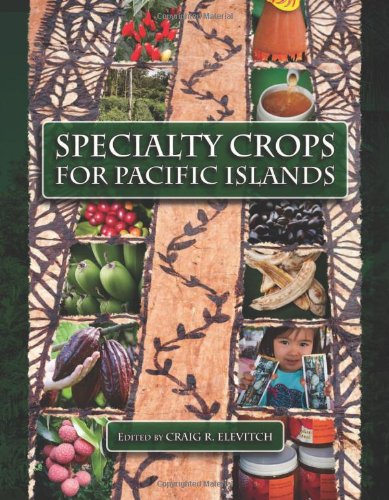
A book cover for Specialty Crops for Pacific Islands; Craig R. Elevitch; Science & Math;